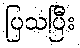
ပြသပြီး